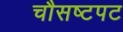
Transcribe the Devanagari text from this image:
चौसष्टपट